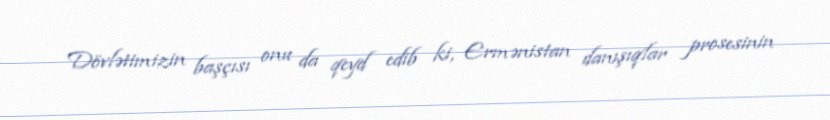
Dövlətimizin başçısı onu da qeyd edib ki, Ermənistan danışıqlar prosesinin